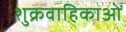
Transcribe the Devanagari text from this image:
शुक्रवाहिकाओं